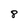
Character: 8